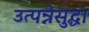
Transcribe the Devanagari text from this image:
उत्पन्नेसुद्धा